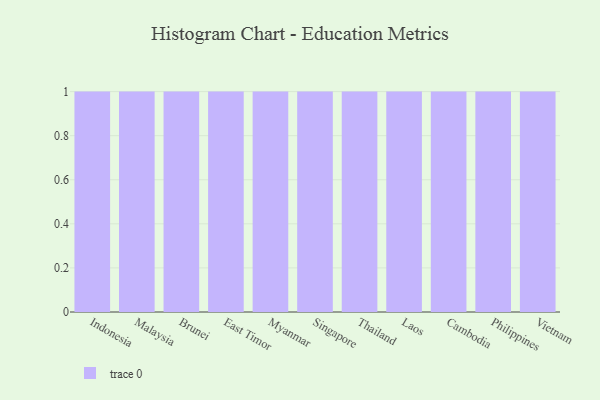
{"axis": {"x": "Country", "y": "Temperature (°C)"}, "legend": [""], "data": [{"x": "Indonesia", "y": 31, "type": ""}, {"x": "Malaysia", "y": 83, "type": ""}, {"x": "Brunei", "y": 35, "type": ""}, {"x": "East Timor", "y": 84, "type": ""}, {"x": "Myanmar", "y": 25, "type": ""}, {"x": "Singapore", "y": 51, "type": ""}, {"x": "Thailand", "y": 67, "type": ""}, {"x": "Laos", "y": 98, "type": ""}, {"x": "Cambodia", "y": 20, "type": ""}, {"x": "Philippines", "y": 65, "type": ""}, {"x": "Vietnam", "y": 88, "type": ""}]}